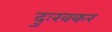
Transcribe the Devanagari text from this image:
दुःखकर